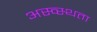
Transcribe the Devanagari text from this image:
अस्व्स्थता